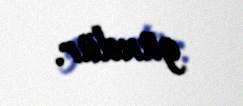
gündür.